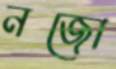
নজো